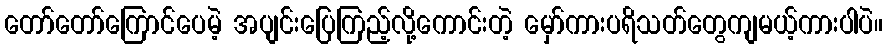
တော်တော်ကြောင်ပေမဲ့ အပျင်းပြေကြည့်လို့ကောင်းတဲ့ မှော်ကားပရိသတ်တွေကျမယ့်ကားပါပဲ။